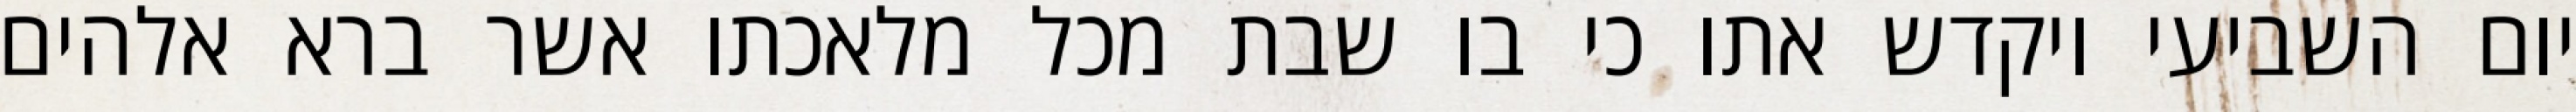
יום השביעי ויקדש אתו כי בו שבת מכל מלאכתו אשר ברא אלהים